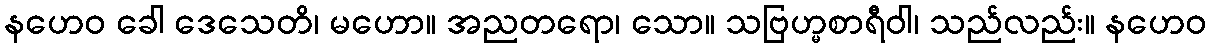
နဟေဝ ခေါ ဒေသေတိ၊ မဟော။ အညတရော၊ သော။ သဗြဟ္မစာရီဝါ၊ သည်လည်း။ နဟေဝ